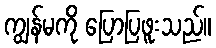
ကျွန်မကို ပြောပြဖူးသည်။